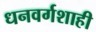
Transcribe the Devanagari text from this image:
धनवर्गशाही